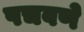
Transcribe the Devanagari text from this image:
पचवणे